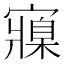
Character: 寱